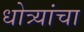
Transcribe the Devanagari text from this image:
धोत्र्यांचा